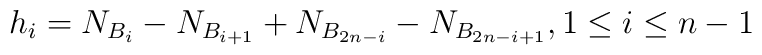
h_{i}=N_{B_{i}}-N_{B_{i+1}}+N_{B_{2n-i}}-N_{B_{2n-i+1}},1\leq i\leq n-1